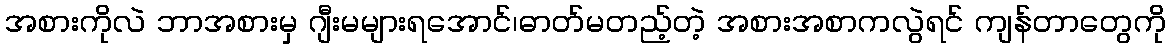
အစားကိုလဲ ဘာအစားမှ ဂျီးမများရအောင်၊ဓာတ်မတည့်တဲ့ အစားအစာကလွဲရင် ကျန်တာတွေကို